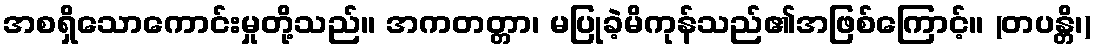
အစရှိသောကောင်းမှုတို့သည်။ အကတတ္တာ၊ မပြုခဲ့မိကုန်သည်၏အဖြစ်ကြောင့်။ (တပန္တိ၊)